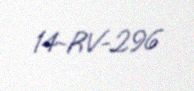
14-RV-296